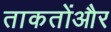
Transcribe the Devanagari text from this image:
ताकतोंऔर